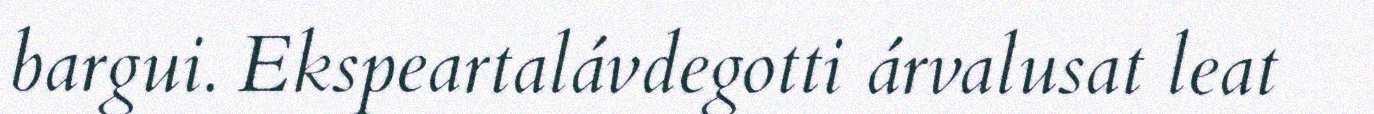
bargui. Ekspeartalávdegotti árvalusat leat